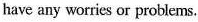
have any worries or problems.